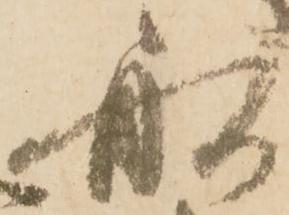
舩